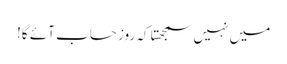
میں نہیں سمجھتا کہ روز حساب آئے گا!